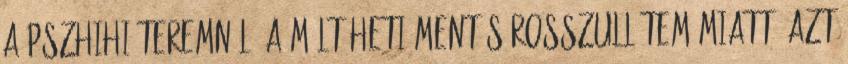
a pszhihiáteremnél, a múlt heti mentős rosszullétem miatt. Azt